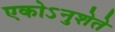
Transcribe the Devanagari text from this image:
एकोऽनुशेते